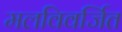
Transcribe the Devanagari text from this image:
मलविवर्जित